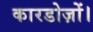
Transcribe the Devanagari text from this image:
कारडोज़ों।